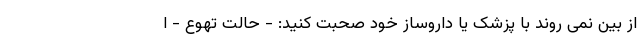
از بین نمی روند با پزشک یا داروساز خود صحبت کنید: - حالت تهوع - ا